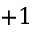
+ 1